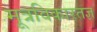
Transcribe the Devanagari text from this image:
मूत्रविकारतज्ञ